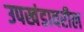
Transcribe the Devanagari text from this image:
उपखंडावरील